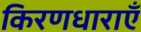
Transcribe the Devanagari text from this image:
किरणधाराएँ